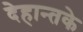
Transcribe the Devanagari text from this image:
देहान्तके